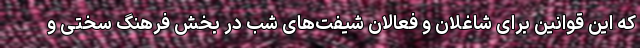
که این قوانین برای شاغلان و فعالان شیفت‌های شب در بخش فرهنگ سختی و